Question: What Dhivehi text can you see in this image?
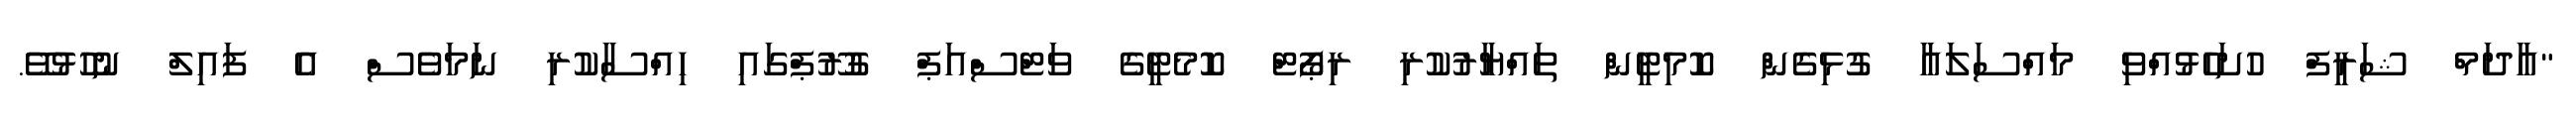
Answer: "އާދަމް ޝަރީފް ހުށަހެޅުއްވި މައްސަލައާ ގުޅިގެން ކޮމިޓީން ތައްޔާރުކުރި ރިޕޯޓް ކޮމެޓީގެ ވަޓްސްއަޕް ގުރޫޕްގައި ހިއްސާކުރި ނަމަވެސް އެ ފައިލް ނުހުޅުވޭ.